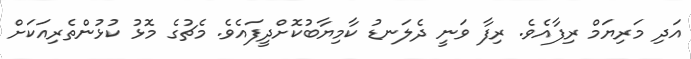
އަދި މަރިޔަމް ރިފާއެވެ. ރިފާ ވަނީ ދެލަނޑު ކާމިޔާބުކޮށްދީފައެވެ. މެޗުގެ މޮޅު ކުޅުންތެރިއަކަށް